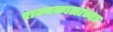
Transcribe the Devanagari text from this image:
राज्यकालाच्या